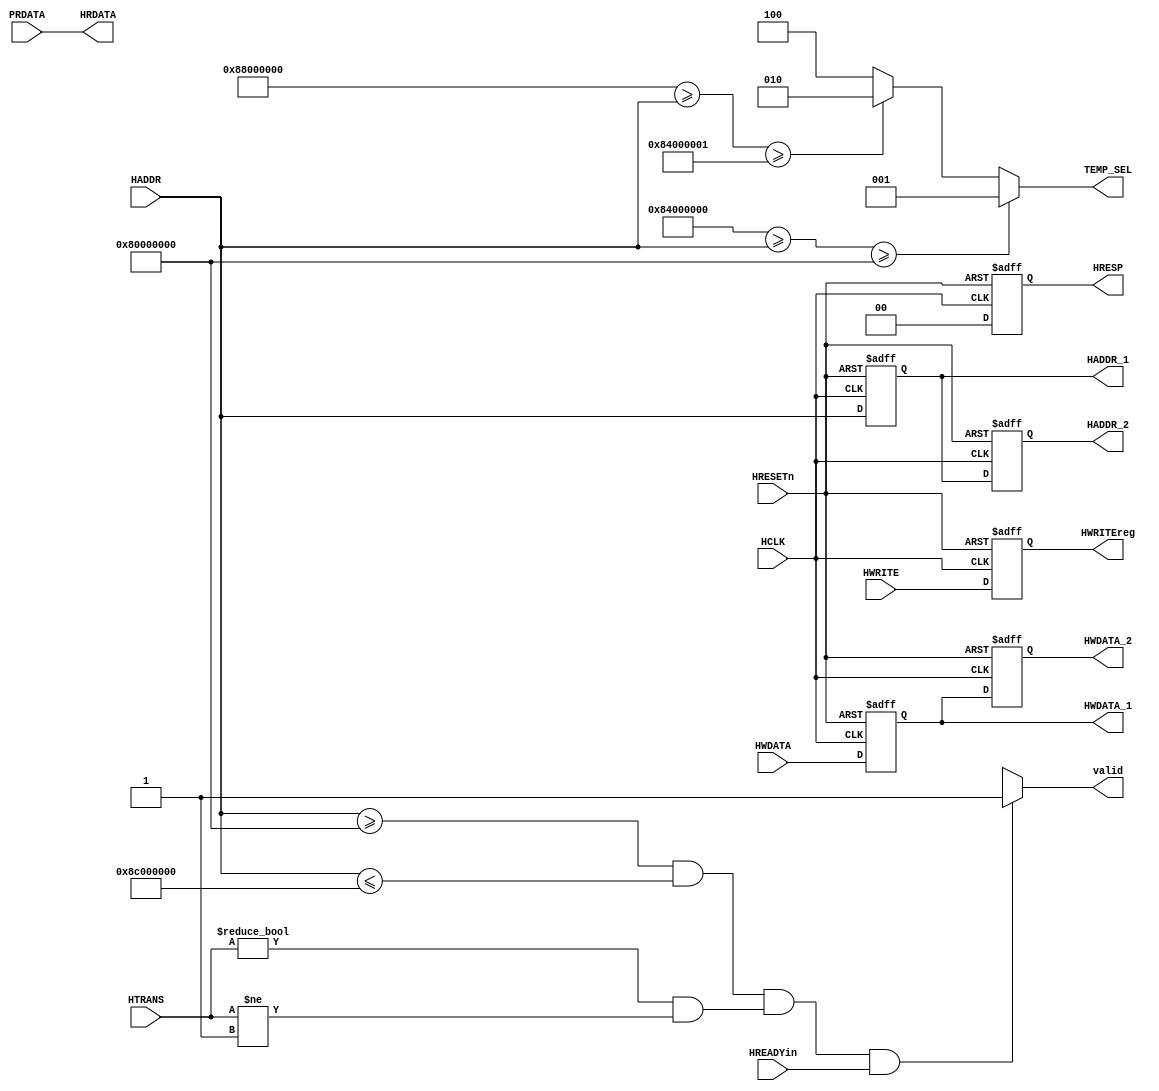
module ahbslave(
    HCLK,
    HRESETn,
    HADDR,
    HADDR_1,
    HADDR_2,
    HWDATA,
    HWDATA_1,
    HWDATA_2,
    HWRITE,
    HWRITEreg,
    HRESP,
    HRDATA,
    PRDATA,
    TEMP_SEL,
    valid,
    HTRANS,
    HREADYin
    
);
//slave memory map
parameter slave0_0=32'h8000_0000,slave0_1=32'h8400_0000;
parameter slave1_0=32'h8400_0001,slave1_1=32'h8800_0000;
parameter slave2_0=32'h8800_0001,slave2_1=32'h8c00_0000;
parameter   IDLE=2'b00,WAIT=2'b01,
	        NONSEQ=2'b10,SEQ=2'b11;

//Input declaration
input HCLK,HRESETn;
input HREADYin,HWRITE;
input [1:0] HTRANS;

input [31:0] HADDR,HWDATA,PRDATA;

//Output declaration
//reg internal register
output reg HWRITEreg,valid;
output reg [1:0]HRESP;
output reg [2:0] TEMP_SEL;
output reg [31:0] HADDR_1,HADDR_2,HWDATA_1,HWDATA_2;
output [31:0]HRDATA;
//assigning prdata = hr data

assign HRDATA=PRDATA;

//pipelining

always@(posedge HCLK,negedge HRESETn)
begin
    HRESP=0;
    if(~HRESETn)
    begin
        HADDR_1<=0;
        HADDR_2<=0;
        HWDATA_1<=0;
        HWDATA_2<=0;
    end
    else
    begin
        HADDR_1<=HADDR;
        HADDR_2<=HADDR_1;
        HWDATA_1<=HWDATA;
        HWDATA_2<=HWDATA_1;
    end
end

//hwritereg transfer

always@(*)
begin
    
     if((HADDR>=slave0_0 && HADDR<= slave2_1) && (HTRANS!=IDLE && HTRANS!=WAIT) && (HREADYin==1'b1))
        valid = 1'b1;
    else
        valid=1'bx;
    
end


// tempsel output generation
always@(*)
begin
	if(slave0_1>=HADDR>=slave0_0) 
			TEMP_SEL=3'b001;
	else if(slave1_1>=HADDR>=slave1_0) 
			TEMP_SEL=3'b010;
	else if(slave2_1>=HADDR>=slave2_0) 
		TEMP_SEL=3'b100;
	else
		TEMP_SEL=3'b100;

end
// hwritereg transfer

always@(posedge HCLK,negedge HRESETn)
begin
	if(~HRESETn)
		HWRITEreg <= 0;
	else
		HWRITEreg<= HWRITE;
end


endmodule